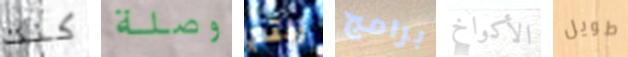
كنت وصلة زلتم برامج الأكواخ طويل